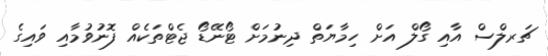
ޗަރލްސް އާއި ގޯލް އަށް ހިމާޔަތް ދިނުމަށް ޓޯނޭޑޯ ޖެޓްތަކެއް ފޮނުވުމާއި ވައިގެ